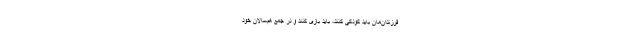
فرزندان‌مان باید کودکی کنند، باید بازی کنند و در جمع هم‌سالان خود